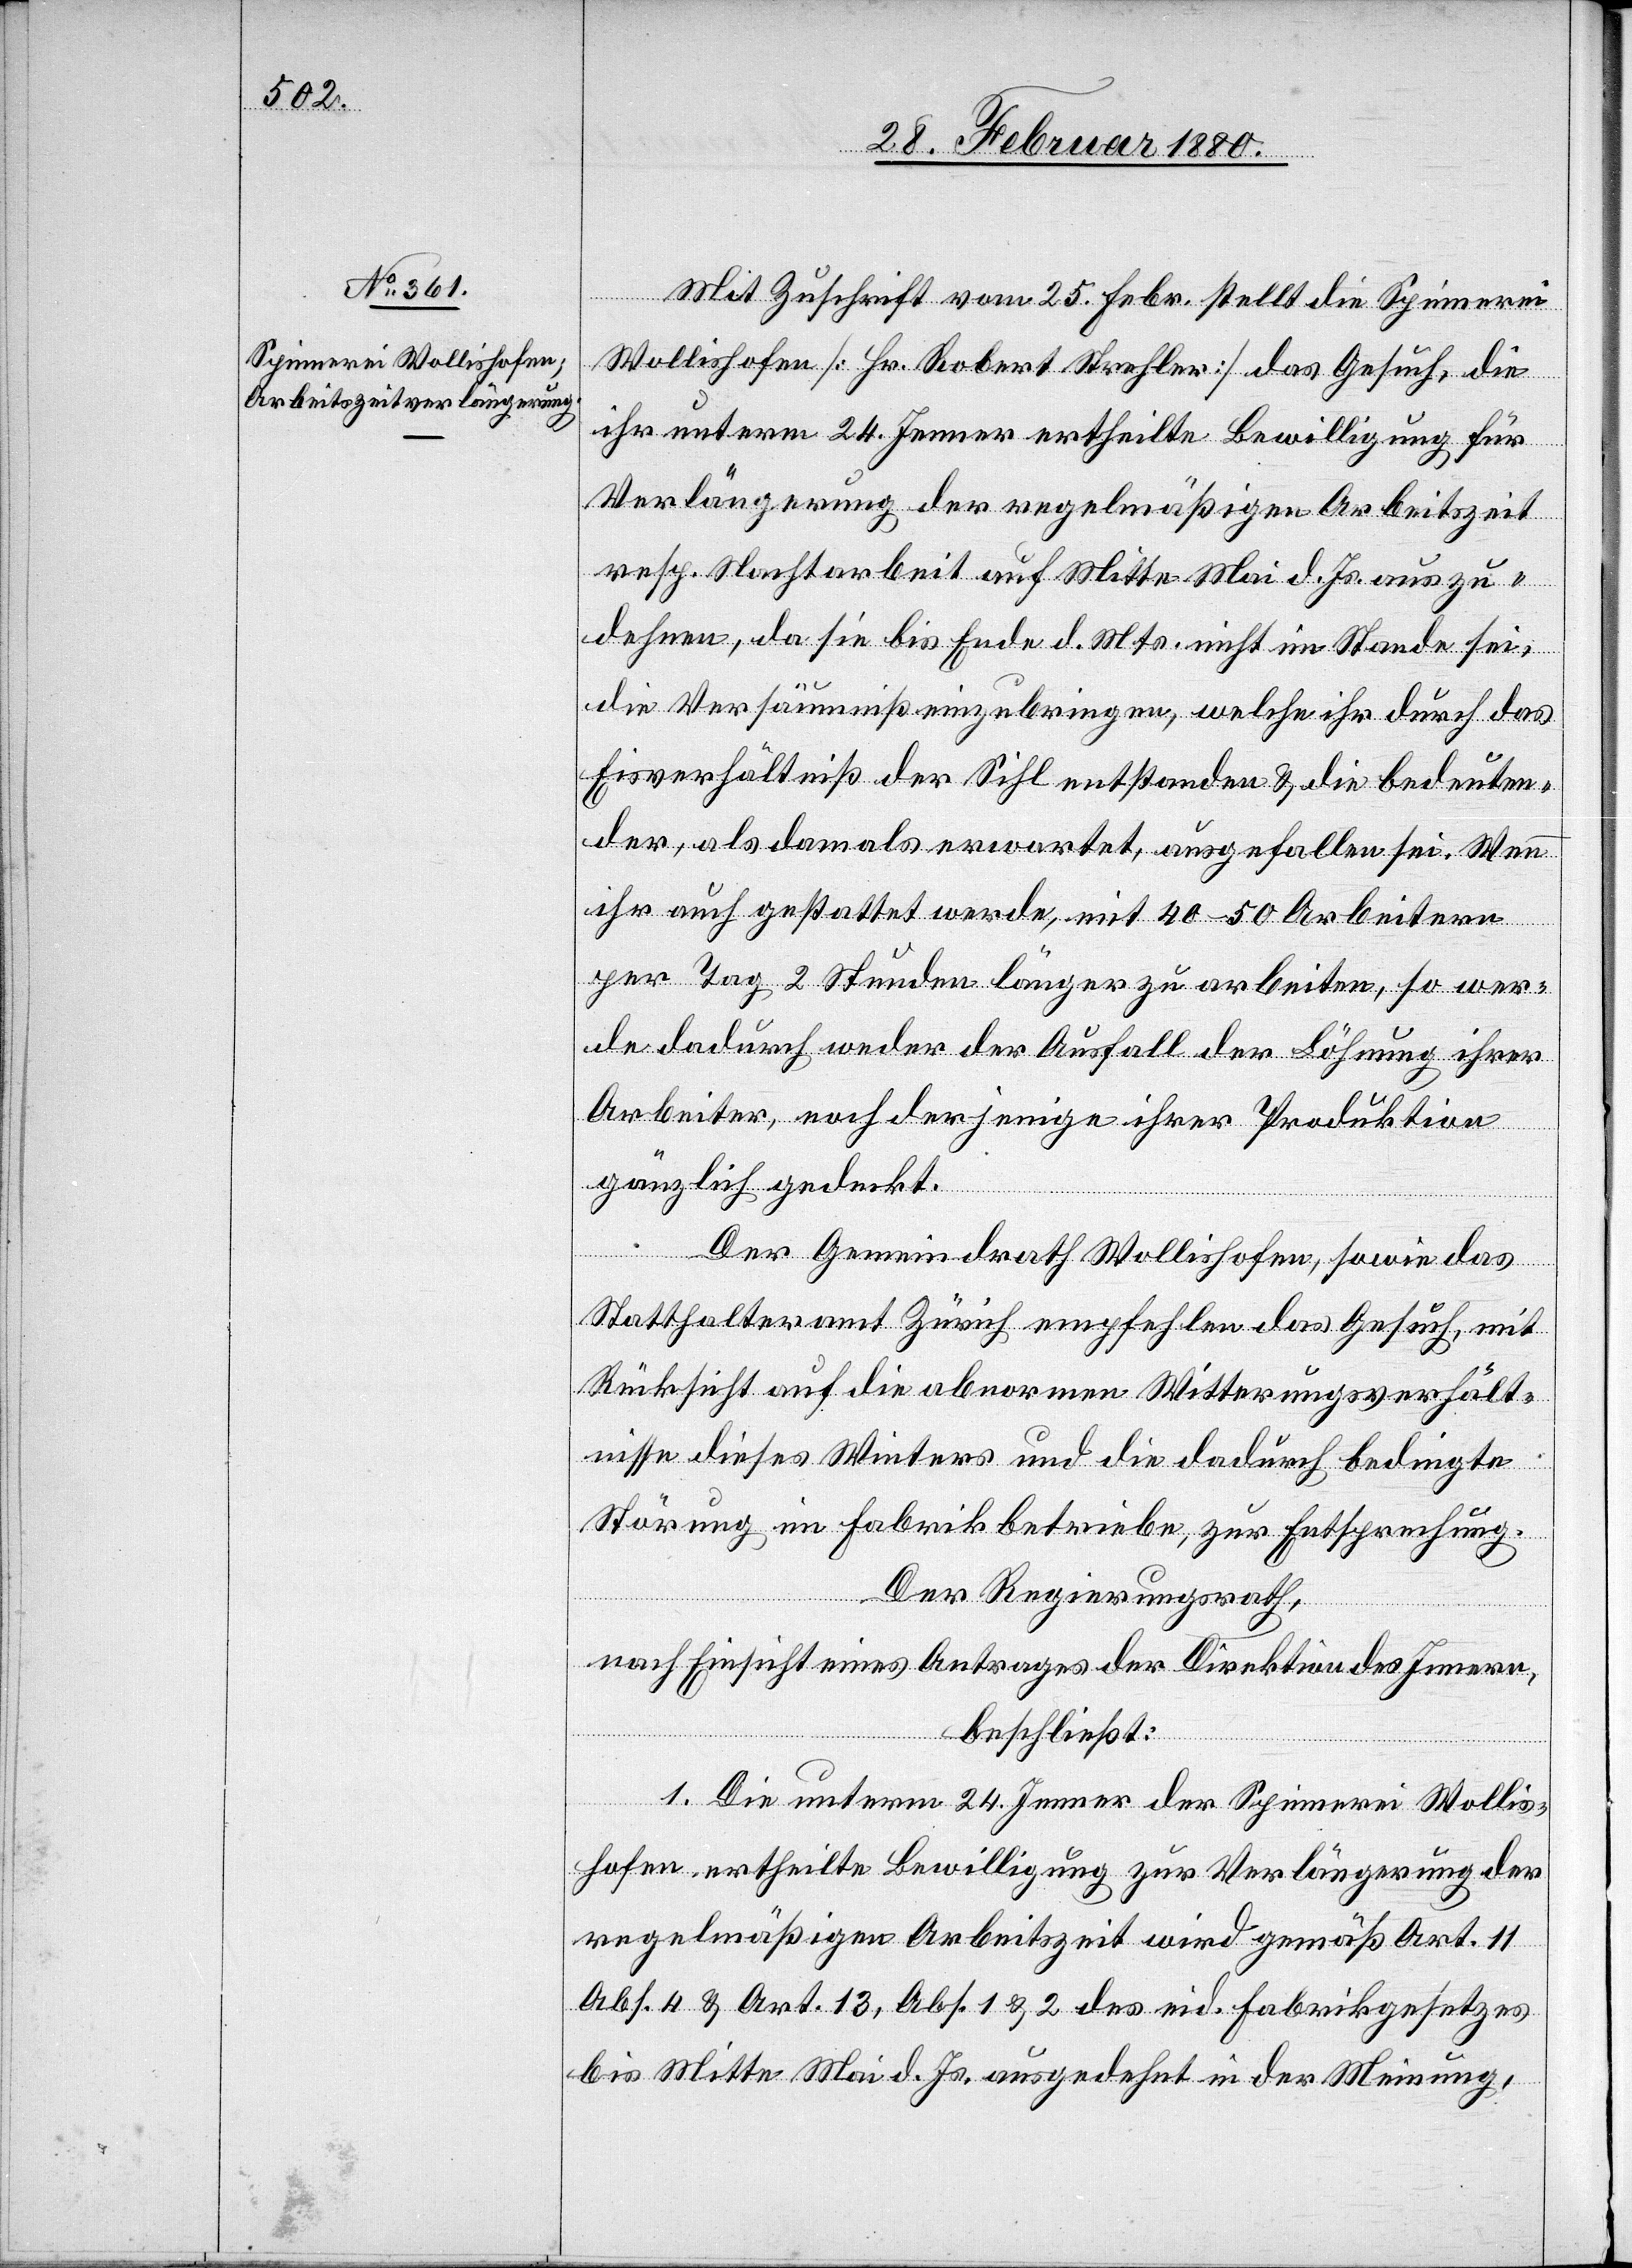
Mit Zuschrift vom 25. Febr. stellt die Spinnerei
Wollishofen [Hr. Robert Strehler] das Gesuch, die
ihr unterm 24. Jenner ertheilte Bewilligung für
Verlängerung der regelmäßigen Arbeitszeit
resp. Nachtarbeit auf Mitte Mai d. Js. auszu¬
dehnen, da sie bis Ende d. Mts. nicht im Stande sei,
die Versäumniß einzubringen, welche ihr durch das
Eisverhältniß der Sihl entstanden & die bedeuten¬
der, als damals erwartet, ausgefallen sei. Wenn
ihr auch gestattet werde, mit 40–50 Arbeitern
per Tag 2 Stunden länger zu arbeiten, so wer¬
de dadurch weder der Ausfall der Löhnung ihrer
Arbeiter, noch derjenige ihrer Produktion
gänzlich gedeckt.
Der Gemeindrath Wollishofen, sowie das
Statthalteramt Zürich empfehlen das Gesuch, mit
Rücksicht auf die abnormen Witterungsverhält¬
nisse dieses Winters und die dadurch bedingte
Störung im Fabrikbetriebe, zur Entsprechung.
Der Regierungsrath,
nach Einsicht eines Antrages der Direktion des Innern,
beschließt:
1. Die unterm 24. Jenner der Spinnerei Wollis¬
hofen ertheilte Bewilligung zur Verlängerung der
regelmäßigen Arbeitszeit wird gemäß Art. 11,
Abs. 4 & Art. 13, Abs. 1 & 2 des eid. Fabrikgesetzes
bis Mitte Mai d. Js. ausgedehnt in der Meinung,